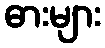
ဓားများ